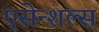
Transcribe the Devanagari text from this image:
एसेन्शल्स